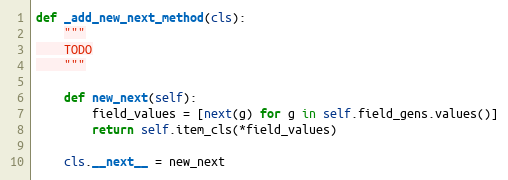
Language: Python
def _add_new_next_method(cls):
    """
    TODO
    """

    def new_next(self):
        field_values = [next(g) for g in self.field_gens.values()]
        return self.item_cls(*field_values)

    cls.__next__ = new_next